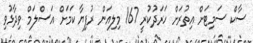
ސާކް ސަމިޓަށް އިތުރަށް ހަރަދުކުރީ 167 މިލިއަން ރުފިޔާ ކަމަށް އަސްލަމް ވިދާޅުވި